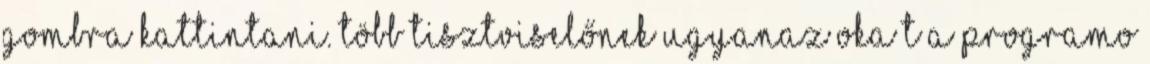
gombra kattintani. több tisztviselőnek ugyanaz oka t a programo